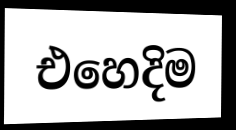
එහෙදිම